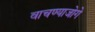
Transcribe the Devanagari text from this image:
वाचण्याजोगे